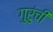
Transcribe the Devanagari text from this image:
गुरुंची